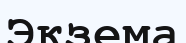
Экзема